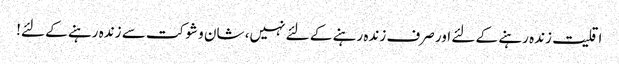
اقلیت زندہ رہنے کے لئے اور صرف زندہ رہنے کے لئے نہیں، شان و شوکت سے زندہ رہنے کے لئے!